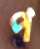
প